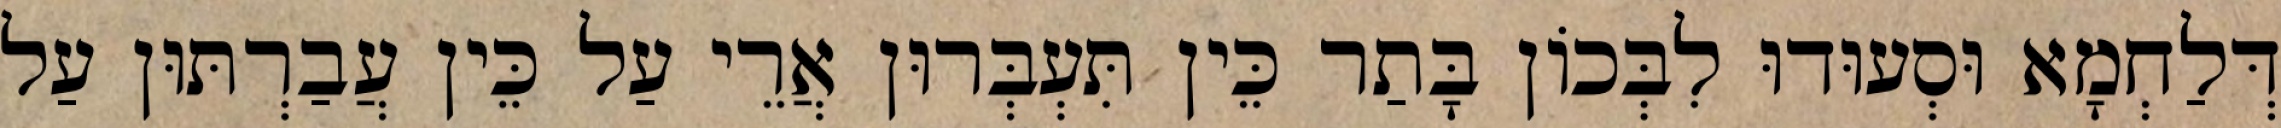
דְּלַחְמָא וּסְעוּדוּ לִבְּכוֹן בָּתַר כֵּין תִּעְבְּרוּן אֲרֵי עַל כֵּין עֲבַרְתּוּן עַל